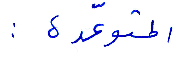
المتوعّدة: